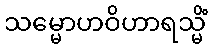
သမ္မောဟဝိဟာရသ္မိံ